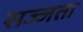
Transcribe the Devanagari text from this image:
सज्जता